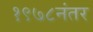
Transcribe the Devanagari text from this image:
१९७८नंतर